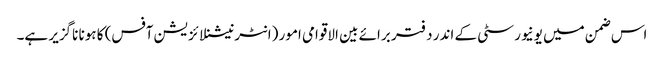
اس ضمن میں یونیورسٹی کے اندر دفتر برائے بین الاقوامی امور (انٹرنیشنلائزیشن آفس) کا ہونا ناگزیر ہے۔